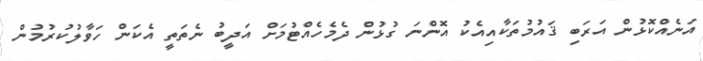
އަނެއްކޮޅުން އަރަބި ޤައުމުތަކާއިއެކު އޮންނަ ގުޅުން ދެމެހެއްޓުމަށް އަދީބު ނެތަތީ އެކަން ހަވާލުކުރުމުން